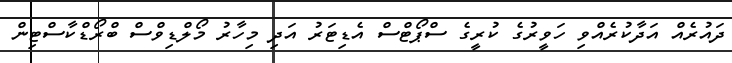
ދައުރެއް އަދާކުރެއްވި ހަވީރުގެ ކުރީގެ ސްޕޯޓްސް އެޑިޓަރު އަދި މިހާރު މޯލްޑިވްސް ބްރޯޑްކާސްޓިން